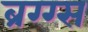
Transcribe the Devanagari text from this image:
ब्रग्ग्स